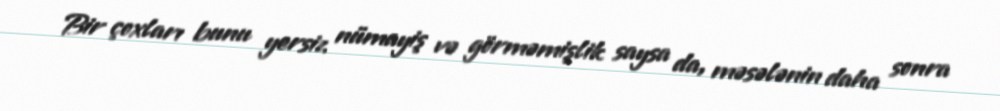
Bir çoxları bunu yersiz nümayiş və görməmişlik saysa da, məsələnin daha sonra